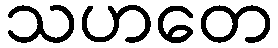
သဟတေ